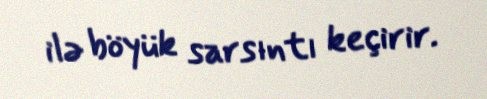
ilə böyük sarsıntı keçirir.